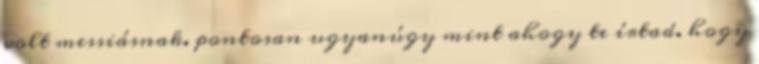
volt messiásnak. pontosan ugyanúgy mint ahogy te írtad. hogy